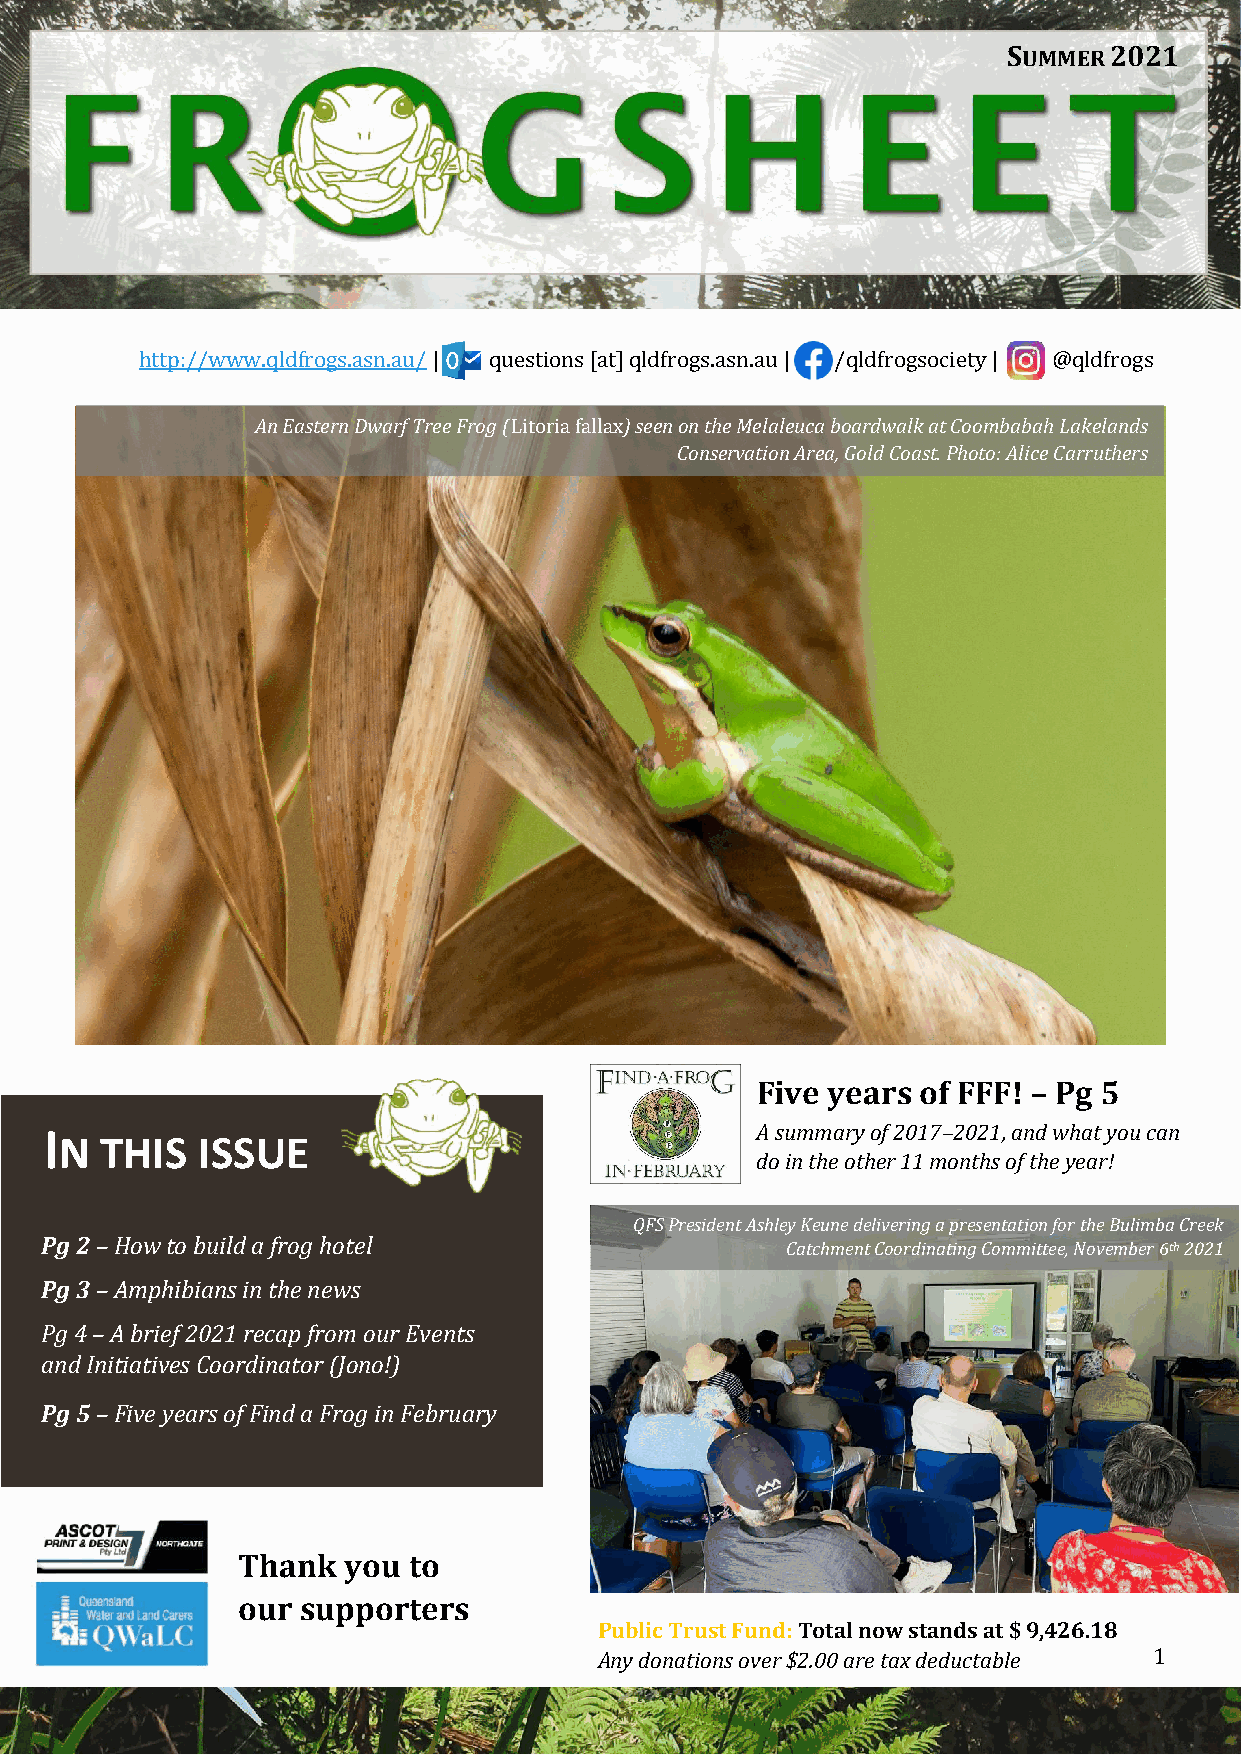
SUMMER 2021
 http://www.qldfrogs.asn.au/ | questions [at] qldfrogs.asn.au | /qldfrogsociety | @qldfrogs
 An Eastern Dwarf Tree Frog (Litoria fallax) seen on the Melaleuca boardwalk at Coombabah Lakelands
 Conservation Area, Gold Coast. Photo: Alice Carruthers
 Five years of FFF! – Pg 5
 I                                              A summary of 2017–2021, and what you can
 N  THIS  ISSUE
 do in the other 11 months of the year!
 QFS President Ashley Keune delivering a presentation for the Bulimba Creek
 Pg 2 – How to build a frog hotel
 Catchment Coordinating Committee, November 6th 2021
 Pg 3 – Amphibians in the news
 Pg 4 – A brief 2021 recap from our Events
 and Initiatives Coordinator (Jono!)
 Pg 5 – Five years of Find a Frog in February
 Thank  you to
 our supporters
 Public Trust Fund: Total now stands at $ 9,426.18
 Any donations over $2.00 are tax deductable 1